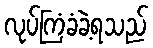
လုပ်ကြံခံခဲ့ရသည်